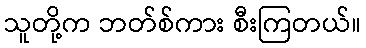
သူတို့က ဘတ်စ်ကား စီးကြတယ်။